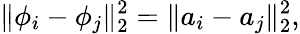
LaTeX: \lVert\phi_{i}-\phi_{j}\rVert_{2}^{2}=\lVert a_{i}-a_{j}\rVert_{2}^{2},